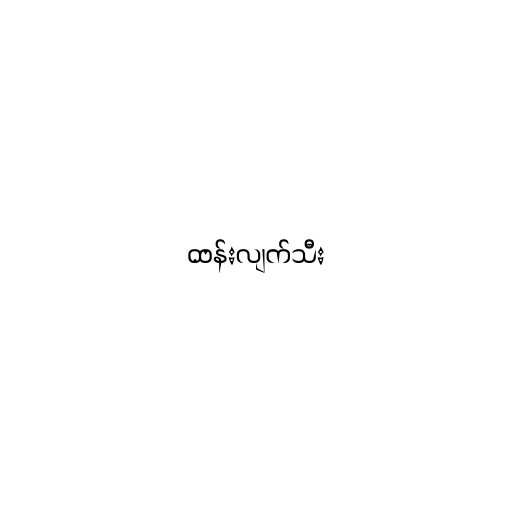
ထန်းလျက်သီး